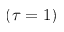
( \tau = 1 )